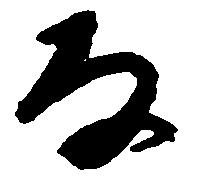
な